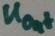
Text: UOut